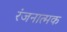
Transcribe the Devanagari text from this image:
रंजनात्मक